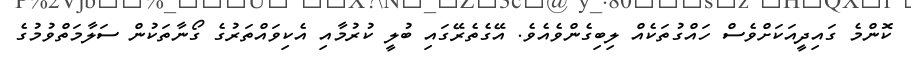
ކޮންމެ ގައިދީއަކަށްވެސް ހައްގުތަކެއް ލިބިގެންވެއެވެ. އޭގެތެރޭގައި ބުލީ ކުރުމާއި އެކިވައްތަރުގެ ގޯނާތަކުން ސަލާމަތްވުމުގެ